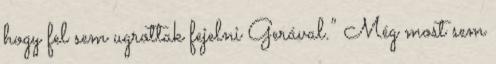
hogy fel sem ugrottak fejelni Gerával.” Még most sem